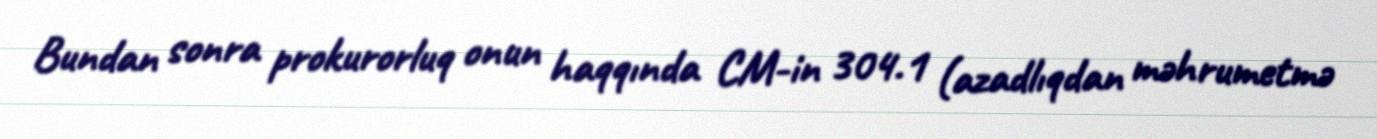
Bundan sonra prokurorluq onun haqqında CM-in 304.1 (azadlıqdan məhrumetmə